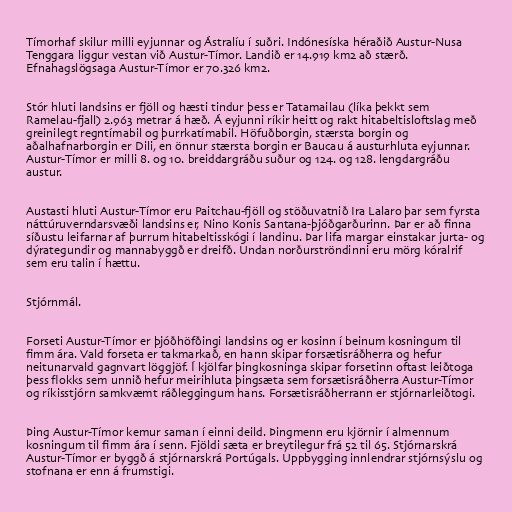
Tímorhaf skilur milli eyjunnar og Ástralíu í suðri. Indónesíska héraðið Austur-Nusa
Tenggara liggur vestan við Austur-Tímor. Landið er 14.919 km2 að stærð.
Efnahagslögsaga Austur-Tímor er 70.326 km2.

Stór hluti landsins er fjöll og hæsti tindur þess er Tatamailau (líka þekkt sem
Ramelau-fjall) 2.963 metrar á hæð. Á eyjunni ríkir heitt og rakt hitabeltisloftslag með
greinilegt regntímabil og þurrkatímabil. Höfuðborgin, stærsta borgin og
aðalhafnarborgin er Dili, en önnur stærsta borgin er Baucau á austurhluta eyjunnar.
Austur-Tímor er milli 8. og 10. breiddargráðu suður og 124. og 128. lengdargráðu
austur.

Austasti hluti Austur-Tímor eru Paitchau-fjöll og stöðuvatnið Ira Lalaro þar sem fyrsta
náttúruverndarsvæði landsins er, Nino Konis Santana-þjóðgarðurinn. Þar er að finna
síðustu leifarnar af þurrum hitabeltisskógi í landinu. Þar lifa margar einstakar jurta- og
dýrategundir og mannabyggð er dreifð. Undan norðurströndinni eru mörg kóralrif
sem eru talin í hættu.

Stjórnmál.

Forseti Austur-Tímor er þjóðhöfðingi landsins og er kosinn í beinum kosningum til
fimm ára. Vald forseta er takmarkað, en hann skipar forsætisráðherra og hefur
neitunarvald gagnvart löggjöf. Í kjölfar þingkosninga skipar forsetinn oftast leiðtoga
þess flokks sem unnið hefur meirihluta þingsæta sem forsætisráðherra Austur-Tímor
og ríkisstjórn samkvæmt ráðleggingum hans. Forsætisráðherrann er stjórnarleiðtogi.

Þing Austur-Tímor kemur saman í einni deild. Þingmenn eru kjörnir í almennum
kosningum til fimm ára í senn. Fjöldi sæta er breytilegur frá 52 til 65. Stjórnarskrá
Austur-Tímor er byggð á stjórnarskrá Portúgals. Uppbygging innlendrar stjórnsýslu og
stofnana er enn á frumstigi.